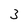
Character: 3